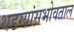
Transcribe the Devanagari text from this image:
थडग्यांसभोवताल